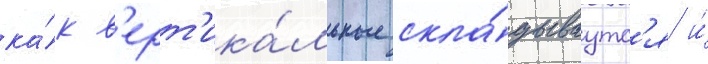
ка́к в'ерт'ика́льные скла́дываутс'я и́